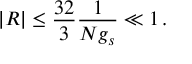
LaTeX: \vert { \cal R } \vert \le \frac { 3 2 } { 3 } \frac { 1 } { N g _ { s } } \ll 1 \, .